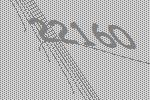
22160